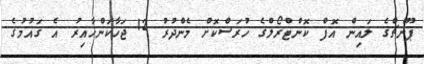
ޕޫންޗްގެ ލައިން އޮފް ކޮންޓްރޯޯލްގެ ހުރަސްކޮށް މެންދުރު 12 ޖަހާކަންހާއިރު އެ ގައުމުގެ